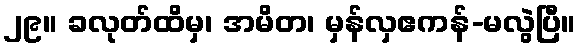
၂၉။ ခလုတ်ထိမှ၊ အမိတ၊ မှန်လှဧကန်-မလွဲပြီ။